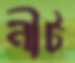
নীট